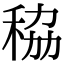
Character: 䅄